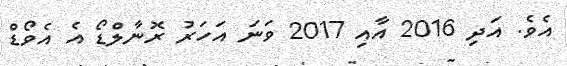
އެވެ. އަދި 2016 އާއި 2017 ވަނަ އަހަރު ރޮނާލްޑޯ އެ އެވޯޑް